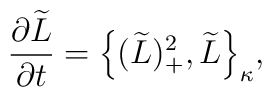
\frac{\partial \widetilde{L}}{\partial t} = \Big \{ (\widetilde{L})^2_{+},\widetilde{L} \Big \}_{\kappa},